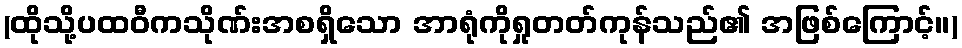
(ထိုသို့ပထဝီကသိုဏ်းအစရှိသော အာရုံကိုရှုတတ်ကုန်သည်၏ အဖြစ်ကြောင့်။)